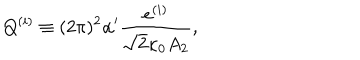
Q ^ { ( i ) } \equiv ( 2 \pi ) ^ { 2 } \alpha ^ { \prime } \frac { e ^ { ( i ) } } { \sqrt { 2 } \kappa _ { 0 } A _ { 2 } } ,